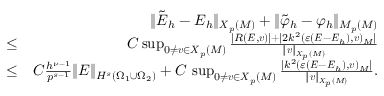
\begin{array} { r l r } & { } & { \| \tilde { \boldsymbol { E } } _ { h } - { \boldsymbol { E } } _ { h } \| _ { { \boldsymbol { X } } _ { p } ( { \cal M } ) } + \| \tilde { \varphi } _ { h } - \varphi _ { h } \| _ { M _ { p } ( { \cal M } ) } } \\ & { \le } & { C \operatorname* { s u p } _ { 0 \not = \boldsymbol { v } \in { \boldsymbol { X } } _ { p } ( { \cal M } ) } \frac { | R ( { \boldsymbol { E } } , \boldsymbol { v } ) | + | 2 k ^ { 2 } ( \varepsilon ( { \boldsymbol { E } } - { \boldsymbol { E } } _ { h } ) , \boldsymbol { v } ) _ { \cal M } | } { \| \boldsymbol { v } \| _ { { \boldsymbol { X } } _ { p } ( { \cal M } ) } } } \\ & { \le } & { C \frac { h ^ { \nu - 1 } } { p ^ { s - 1 } } \| { \boldsymbol { E } } \| _ { H ^ { s } ( \Omega _ { 1 } \cup \Omega _ { 2 } ) } + C \, \operatorname* { s u p } _ { 0 \not = \boldsymbol { v } \in { \boldsymbol { X } } _ { p } ( { \cal M } ) } \frac { | k ^ { 2 } ( \varepsilon ( { \boldsymbol { E } } - { \boldsymbol { E } } _ { h } ) , \boldsymbol { v } ) _ { \cal M } | } { \| \boldsymbol { v } \| _ { { \boldsymbol { X } } _ { p } ( { \cal M } ) } } . } \end{array}